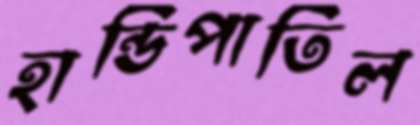
হান্ডিপাতিল